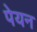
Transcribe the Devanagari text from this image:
पेयन